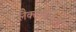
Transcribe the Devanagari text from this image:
लैक्टोबैसिली